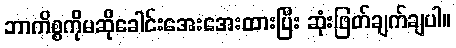
ဘာကိစ္စကိုမဆိုခေါင်းအေးအေးထားပြီး ဆုံးဖြတ်ချက်ချပါ။